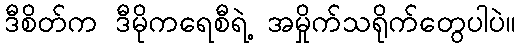
ဒီစိတ်က ဒီမိုကရေစီရဲ့ အမှိုက်သရိုက်တွေပါပဲ။